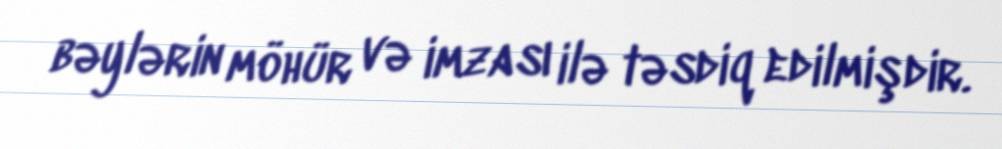
bəylərin möhür və imzası ilə təsdiq edilmişdir.